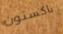
باكستون